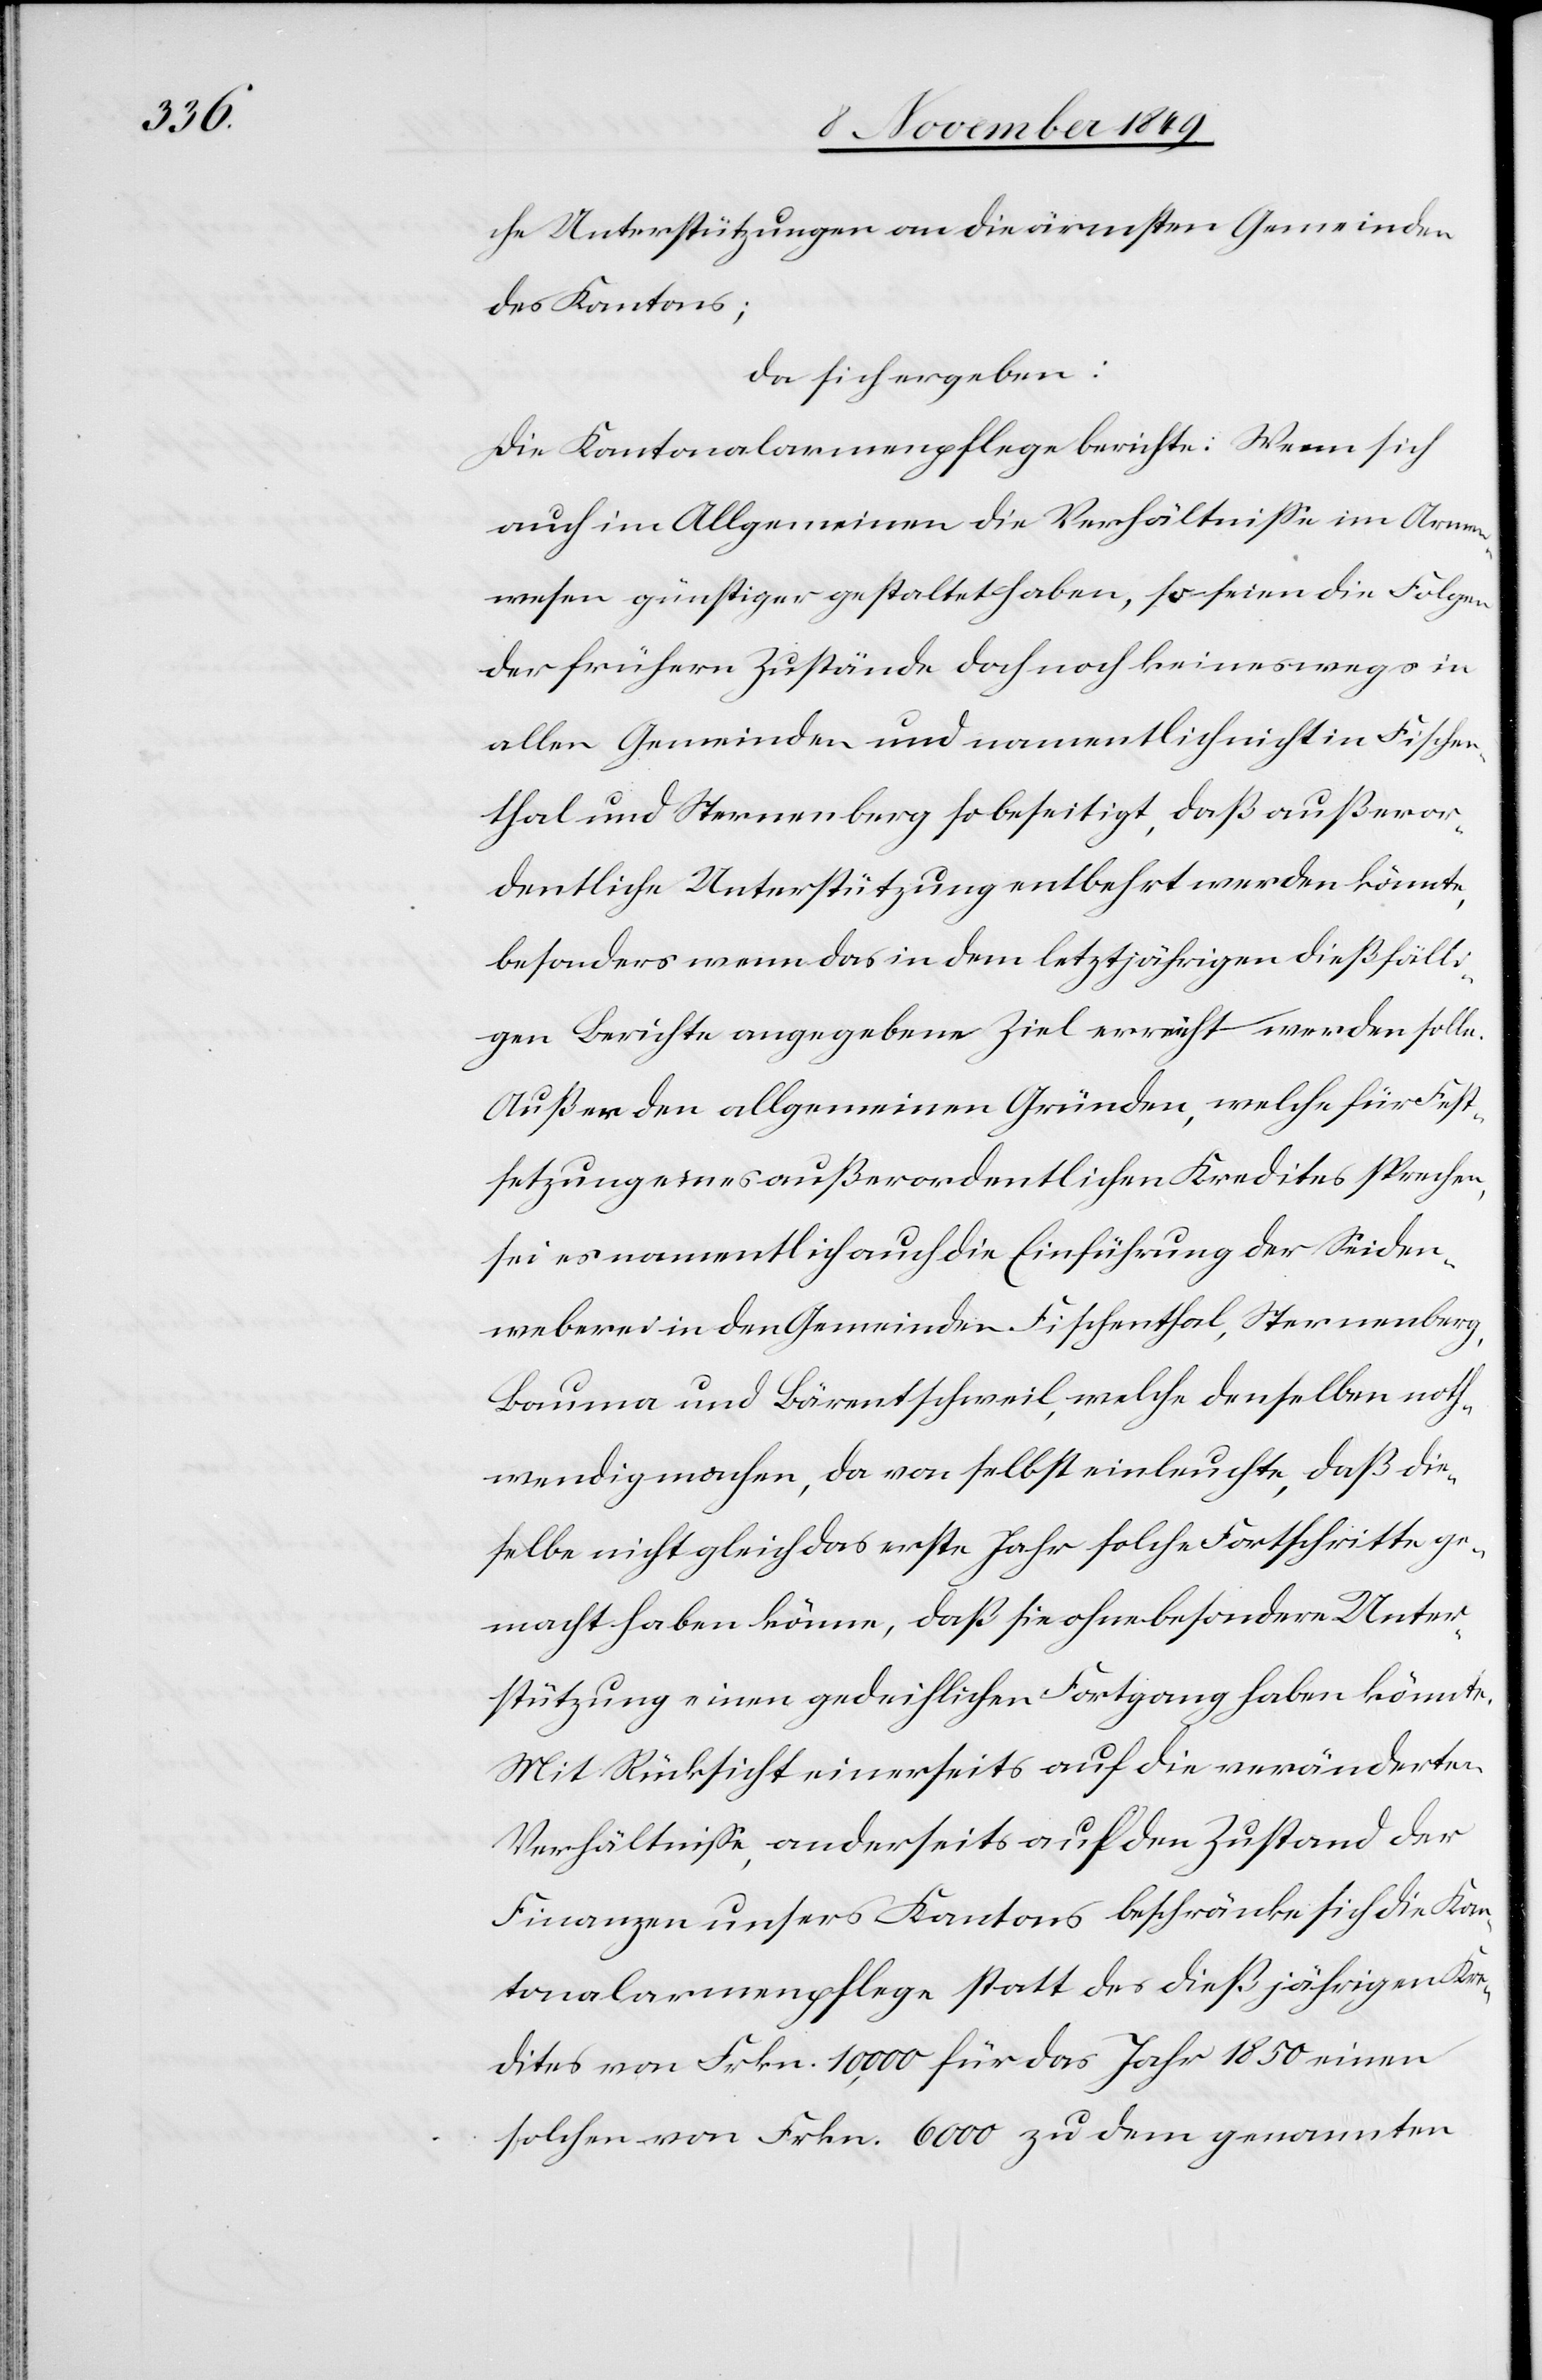
che Unterstützungen an die ärmsten Gemeinden
des Kantons;
da sich ergeben:
Die Kantonalarmenpflege berichte: Wenn sie
auch im Allgemeinen die Verhältniße im Armen¬
wesen günstiger gestaltet haben, so seien die Folgen
der frühern Zustände doch noch keineswegs in
allen Gemeinden und namentlich nicht in Fischen¬
thal und Sternenberg so beseitigt, daß außeror¬
dentliche Unterstützung entbehrt werden könnte,
besonders wenn das in dem letztjährigen dießfälli¬
gen Berichte angegebene Ziel erreicht werden solle.
Außer den allgemeinen Gründen, welche für Fest¬
setzung eines außerordentlichen Kredites sprechen,
sei es namentlich auch die Einführung der Seiden¬
weberei in den Gemeinde Fischenthal, Sternenberg,
Bauma und Bärentschweil, welche denselben noth¬
wendig machen, da von selbst einleuchte, daß die¬
selbe nicht gleich das erste Jahr solche Fortschritte ge¬
macht haben könne, daß sie ohne besondere Unter¬
stützung einen gedeihlichen Fortgang haben könnte.
Mit Rücksicht einerseits auf die unveränderten
Verhältniße, anderseits auf den Zustand der
Finanzen unsers Kantons beschränke sich die Kan¬
tonalarmenpflege statt des dießjährigen Kre¬
dites von Frkn. 10,000 für das Jahr 1850 einen
solchen von Frkn. 6000 zu dem genannten